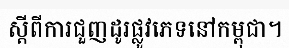
ស្តីពីការជួញដូរផ្លូវភេទនៅកម្ពុជា។